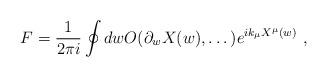
LaTeX: \begin{align*}F=\frac{1}{2\pi i} \oint dw O(\partial_wX(w),\dots)e^{ik_{\mu}X^{\mu}(w)} \ ,\end{align*}